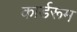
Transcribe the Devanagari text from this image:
कार्डरूम